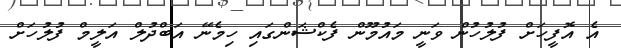
އެ އޮފީހަށް ފުލުހުން ވަނީ މައުމޫން ފެކްޝަންގައި ހިމެނޭ އަބްދުލް އަލީމް ފުލުހަށް